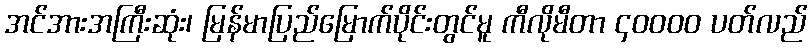
အင်အားအကြီးဆုံး၊ မြန်မာပြည်မြောက်ပိုင်းတွင်မူ ကီလိုမီတာ ၄၀၀၀၀ ပတ်လည်